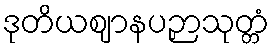
ဒုတိယဈာနပဉှာသုတ္တံ